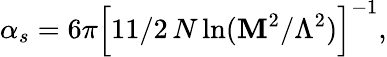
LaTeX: \alpha_{s}=6\pi\Bigl[11/2\, N\ln(\mathbf{M}^{2}/\Lambda^{2})\Bigl]^{-1},